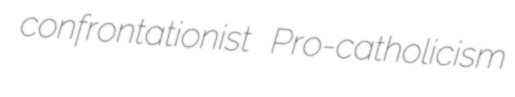
confrontationist Pro-catholicism